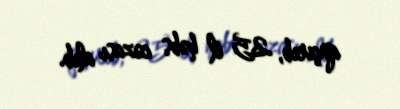
qaçırıb, 25 il həbs cəzası alıb.